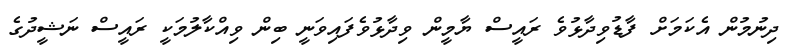
ދިނުމުން އެކަމަށް ފާޑުވިދާޅުވެ ރައީސް ޔާމީން ވިދާޅުވެފައިވަނީ ބިން ވިއްކާލުމަކީ ރައީސް ނަޝީދުގެ